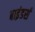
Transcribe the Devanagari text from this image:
बाइंडर्स